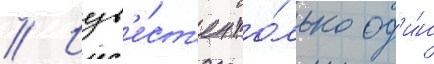
// Изв'е́ст'ен то́лько од'и́н